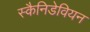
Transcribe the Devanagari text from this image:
स्कैनिडेवियन